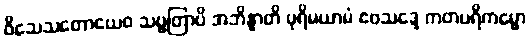
ဝိသေသတောယေဝ သဗ္ဗတြာပိ အဘိန္နာတိ ပုရိမယာမံ ဧဝသဒ္ဒေ ကတပရိကမ္မော